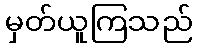
မှတ်ယူကြသည်